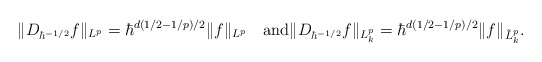
\begin{align*}\|D_{\hbar^{-1/2}} f\|_{L^p}=\hbar^{d(1/2-1/p)/2}\|f\|_{L^p}\quad{\rm and}\|D_{\hbar^{-1/2}} f\|_{L^p_k}=\hbar^{d(1/2-1/p)/2}\|f\|_{\tilde{L}^p_k}.\end{align*}